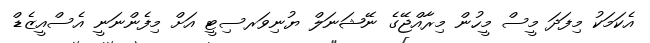
އެކަމަކު މިފަދަ މީސް މީހުން މިރާއްޖޭގެ ނޭޝަނަލް ޔުނިވަރސިޓީ އަށް މިފެންނަނީ އެސްއީޒެޑް